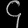
Digit: ၄